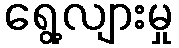
ရွေ့လျားမှု